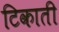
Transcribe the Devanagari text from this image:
टिकाती